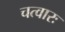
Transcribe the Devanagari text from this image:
चत्वारः